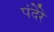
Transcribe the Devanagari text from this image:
पंदेरे